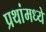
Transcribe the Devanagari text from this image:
प्रथांमध्ये